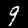
Label: 9